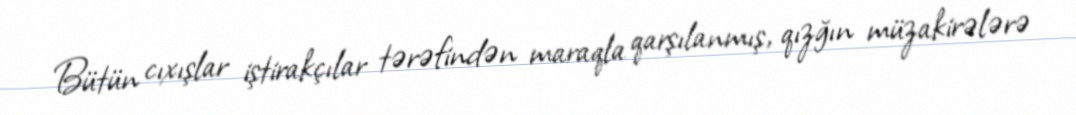
Bütün cıxışlar iştirakçılar tərəfindən maraqla qarşılanmış, qızğın müzakirələrə